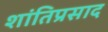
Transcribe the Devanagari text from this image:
शांतिप्रसाद